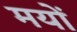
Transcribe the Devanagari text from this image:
मयों